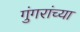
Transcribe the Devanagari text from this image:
गुंगरांच्या